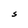
Character: S